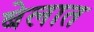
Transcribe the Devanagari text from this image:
बेलात